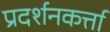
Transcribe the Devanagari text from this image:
प्रदर्शनकर्त्ता